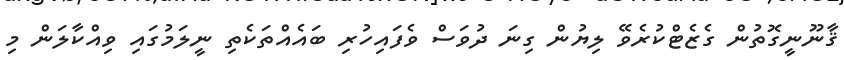
ޤާނޫނީގޮތުން ގެޒެޓްކުރެވޭ ލިޔުން ގިނަ ދުވަސް ވެފައިހުރި ބައެއްތަކެތި ނީލަމުގައި ވިއްކާލަން މި